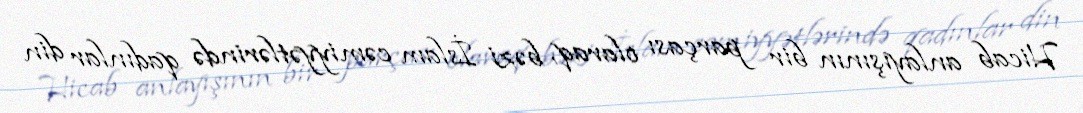
Hicab anlayışının bir parçası olaraq, bəzi İslam cəmiyyətlərində qadınlar din